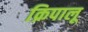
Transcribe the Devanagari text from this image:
क्रिपालू